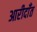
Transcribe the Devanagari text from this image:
आरीदाँत